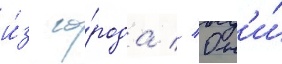
и́з го́рода // Он'и́